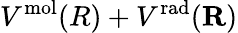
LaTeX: V^{\mathrm{mol}}(R)+V^{\mathrm{rad}}({\mathbf R})